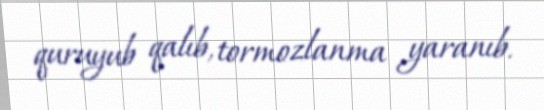
quruyub qalıb, tormozlanma yaranıb.